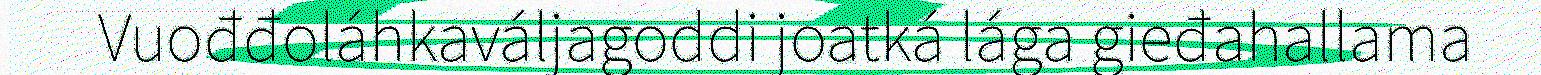
Vuođđoláhkaváljagoddi joatká lága gieđahallama